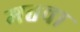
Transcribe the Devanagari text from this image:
मतवा